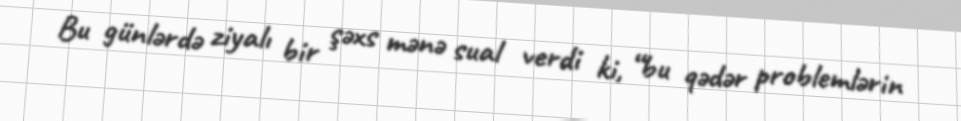
Bu günlərdə ziyalı bir şəxs mənə sual verdi ki, “bu qədər problemlərin